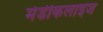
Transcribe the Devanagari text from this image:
मेडीकलाइज